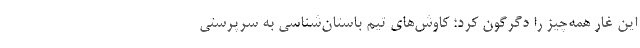
این غار همه‌چیز را دگرگون کرد؛ کاوش‌های تیم باستان‌شناسی به سرپرستی